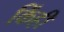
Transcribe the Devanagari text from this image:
किंही